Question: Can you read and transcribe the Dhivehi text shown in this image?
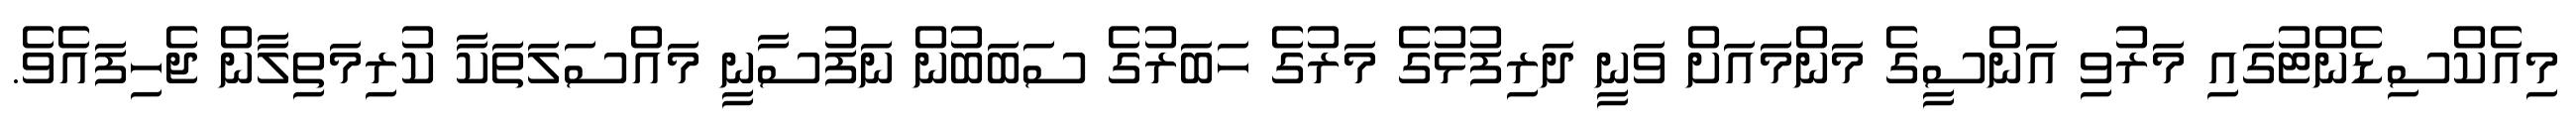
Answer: މިއެކްސިޑެންޓުގައި މަރުވި އަންސީގެ މަންމައަށް ވަނީ ދަރިފުޅުގެ މަރުގެ ހަބަރުގެ ސަބަބުން ނަފުސާނީ މައްސަލަތަކާ ކުރިމަތިލާން ޖެހިފައެވެ.